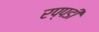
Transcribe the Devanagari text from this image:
रप्पडी